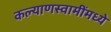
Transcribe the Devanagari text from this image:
कल्याणस्वामींमध्ये